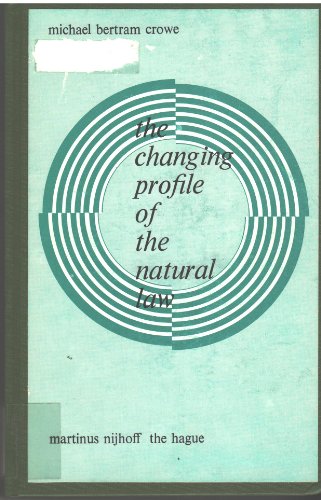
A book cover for Changing Profile Natural; Crowe; Law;